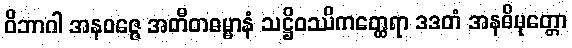
ဝိဘာဂါ အနဝဇ္ဇေ အတီတဓမ္မာနံ သဋ္ဌိဝဿိကတ္ထေရာ ဒဒတံ အနဓိမုတ္တော